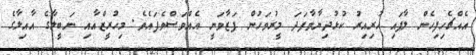
އެއްޗެހިފިހެން ލާފައި ހުރިއިރު ކުޅުދިޔާވާފަދަ މީރުވަހުން ފަޒާވަނީ އެއްވަސްވެފައެވެ. މިހުރީޒްއާއި ނަބީލާގެ އާއިލާގެ